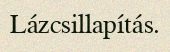
Lázcsillapítás.